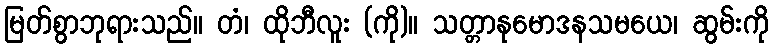
မြတ်စွာဘုရားသည်။ တံ၊ ထိုဘီလူး (ကို)။ သတ္တာနုမောဒနသမယေ၊ ဆွမ်းကို